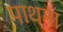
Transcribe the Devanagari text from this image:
पाथना